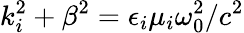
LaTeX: k_{i}^{2}+\beta^{2}=\epsilon_{i}\mu_{i}\omega_{0}^{2}/c^{2}